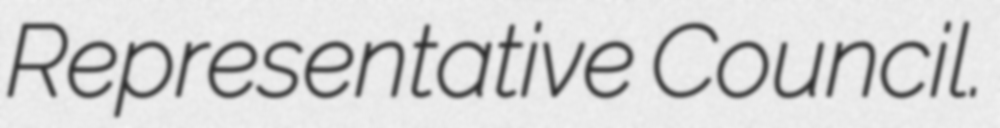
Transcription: Representative Council.